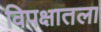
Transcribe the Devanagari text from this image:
विपक्षातला